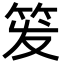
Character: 𬔹